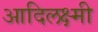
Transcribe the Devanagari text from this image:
आदिलक्ष्मी